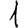
Digit: 1